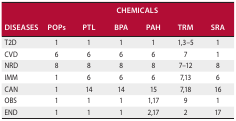
<table><thead><tr><td></td><td colspan="7"><b>CHEMICALS</b></td></tr><tr><td><b>DISEASES</b></td><td><b>POPs</b></td><td><b>PTL</b></td><td><b>BPA</b></td><td><b>PAH</b></td><td><b>TRM</b></td><td><b>SRA</b></td></tr></thead><tbody><tr><td>T2D</td><td>1</td><td>1</td><td>1</td><td>1</td><td>1,3–5</td><td>1</td></tr><tr><td>CVD</td><td>6</td><td>6</td><td>6</td><td>6</td><td>7</td><td>1</td></tr><tr><td>NRD</td><td>8</td><td>8</td><td>8</td><td>8</td><td>7–12</td><td>8</td></tr><tr><td>IMM</td><td>1</td><td>6</td><td>6</td><td>6</td><td>7,13</td><td>6</td></tr><tr><td>CAN</td><td>1</td><td>14</td><td>14</td><td>15</td><td>7,18</td><td>16</td></tr><tr><td>OBS</td><td>1</td><td>1</td><td>1</td><td>1,17</td><td>9</td><td>1</td></tr><tr><td>END</td><td>1</td><td>1</td><td>1</td><td>2,17</td><td>2</td><td>17</td></tr></tbody></table>